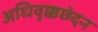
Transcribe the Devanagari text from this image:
अधिवृक्कछेदन